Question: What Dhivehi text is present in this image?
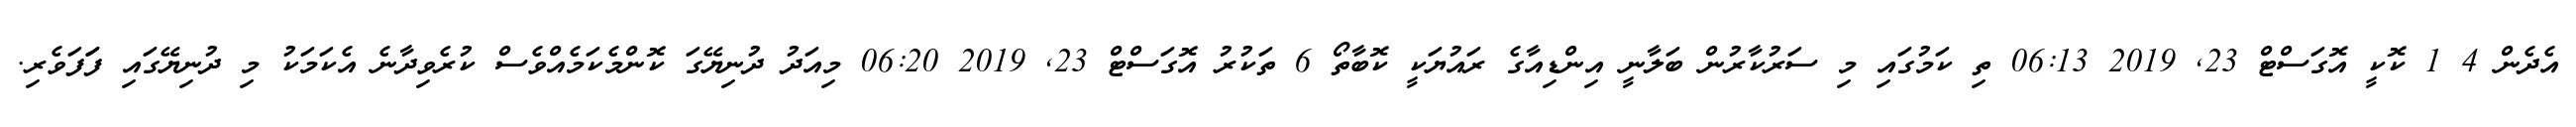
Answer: އެދެން 4 1 ކޮކީ އޮގަސްޓް 23, 2019 06:13 ތި ކަމުގައި މި ސަރުކާރުން ބަލާނީ އިންޑިއާގެ ރައުޔަކީ ކޮބާތޯ 6 ތަކުރު އޮގަސްޓް 23, 2019 06:20 މިއަދު ދުނިޔޭގަ ކޮންމެކަމެއްވެސް ކުރެވިދާނެ އެކަމަކު މި ދުނިޔޭގައި ފަަފަވެރި.